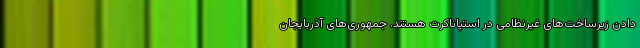
دادن زیرساخت‌های غیرنظامی در استپاناکرت هستند. جمهوری‌های آذربایجان